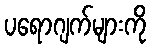
ပရောဂျက်များကို